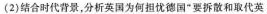
(2)结合时代背景，分析英国为何担忧德国”要拆散和取代英